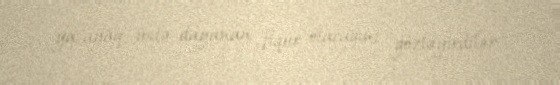
ya ayaq üstə dayanan fiqur olacağını gözləyirdilər.